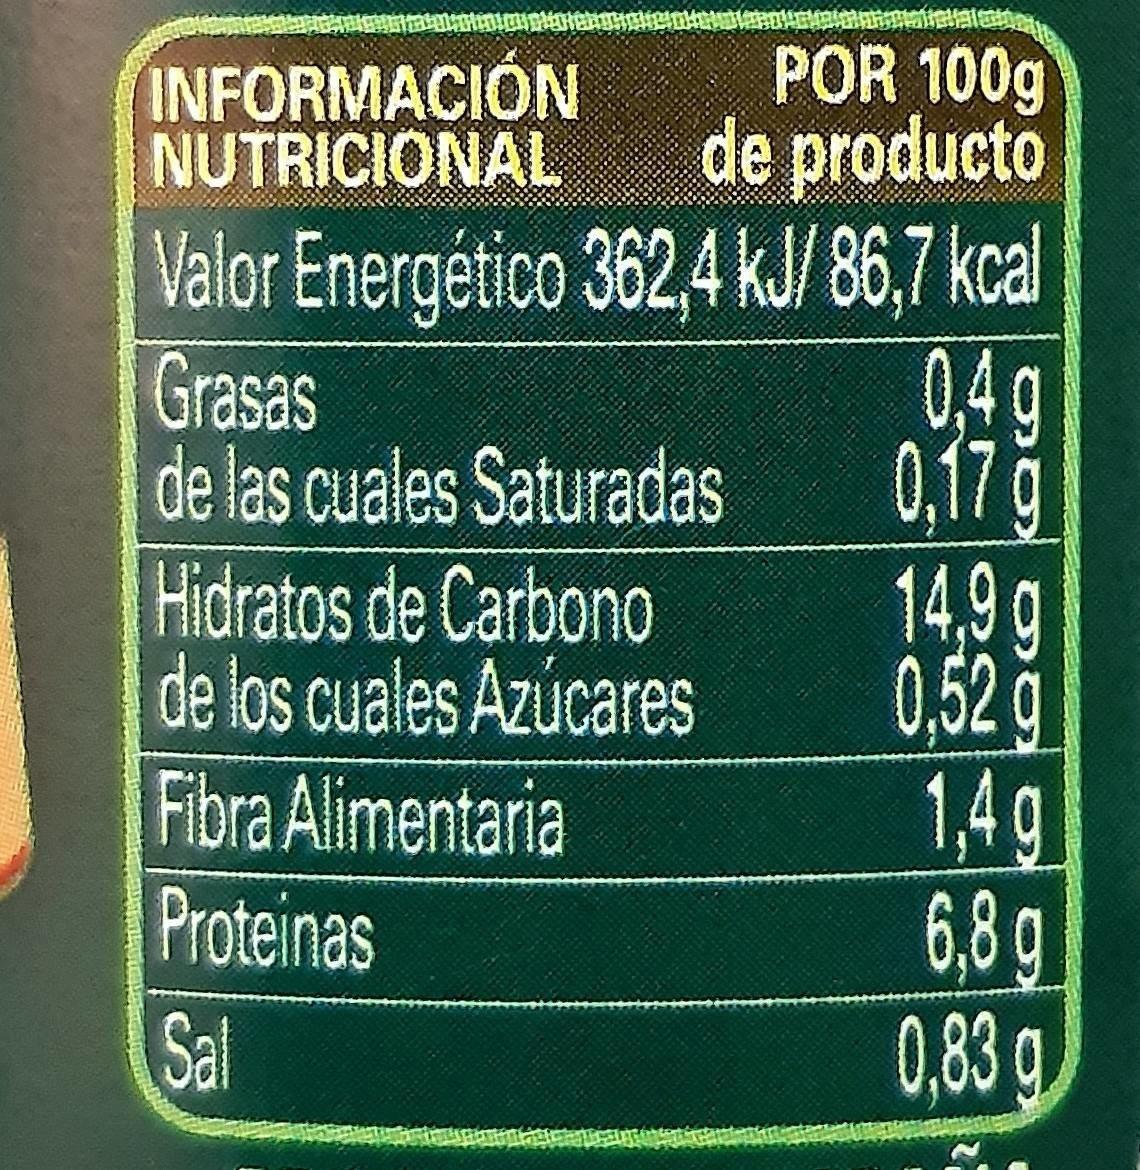
INFORMACIÓN NUTRICIONAL
POR 100g de producto
Valor Energético 362,4 kJ/ 86,7 kcal 0,4 g 0,17 g 14,9g 0,52 g 1,4g 6,8g 0,83 g
Grasas de las cuales Saturadas Hidratos de Carbono de los cuales Azúcares Fibra Alimentaria Proteinas
Sal